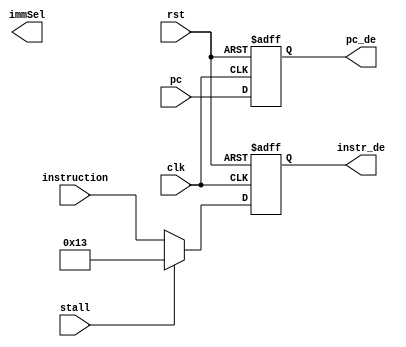
module decode_ctl(
    input        clk,
    input        rst,
    input        stall,
    input [31:0] pc,
    input [31:0] instruction,
    output  [3:0] immSel,
    output [31:0] pc_de,
    output [31:0] instr_de
);

reg [31:0]  r_pc_de;
reg [31:0]  r_instr_de;

assign pc_de = r_pc_de;
assign instr_de = r_instr_de;

always @(posedge clk or posedge rst) begin
    if (rst) begin
        r_pc_de   <= 32'h0;
        r_instr_de <= 32'hxxxxxxxx;
    end else begin      
        r_pc_de    <= pc;
        if (stall)
            r_instr_de <= 32'b00000000000000000000000000010011;
        else
            r_instr_de <= instruction;
    end
end
endmodule